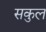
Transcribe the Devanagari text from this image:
सकुल